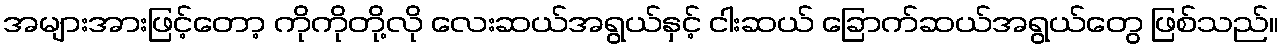
အများအားဖြင့်တော့ ကိုကိုတို့လို လေးဆယ်အရွယ်နှင့် ငါးဆယ် ခြောက်ဆယ်အရွယ်တွေ ဖြစ်သည်။